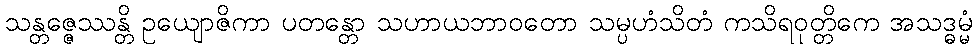
သန္တဇ္ဇေဿန္တိ ဥယျောဇိကာ ပတန္တော သဟာယဘာဝတော သမ္ပဟံသိတံ ကသိရဝုတ္တိကေ အသဒ္ဓမ္မံ